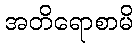
အတိရောစာမိ